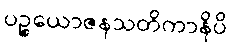
ပဉ္စယောဇနသတိကာနိပိ